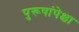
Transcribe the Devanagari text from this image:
पुरूषांपेक्षा